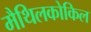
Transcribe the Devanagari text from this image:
मैथिलकोकिल